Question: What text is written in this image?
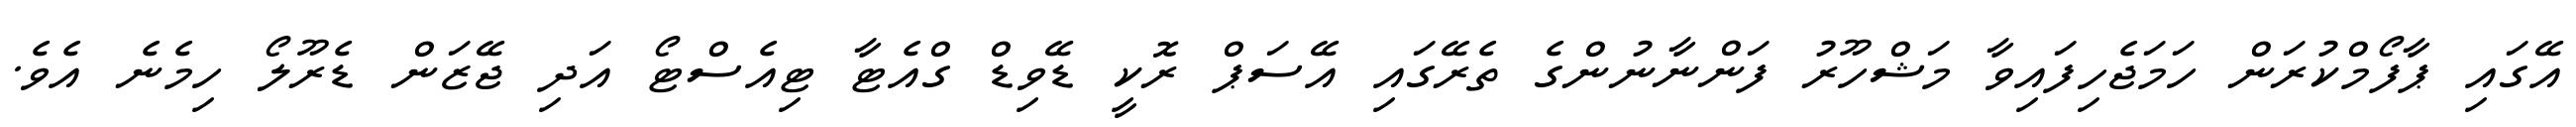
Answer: އޭގައި ޕާފޯމްކުރަން ހަމަޖެހިފައިވާ މަޝްހޫރު ފަންނާނުންގެ ތެރޭގައި އޭސަޕް ރޮކީ ޑޭވިޑް ގްއެޓާ ޓިއެސްޓޯ އަދި ޖޭޒަން ޑެރޫލޯ ހިމެނެ އެވެ.